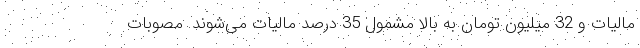
مالیات و 32 میلیون تومان به بالا مشمول 35 درصد مالیات می‌شوند. مصوبات